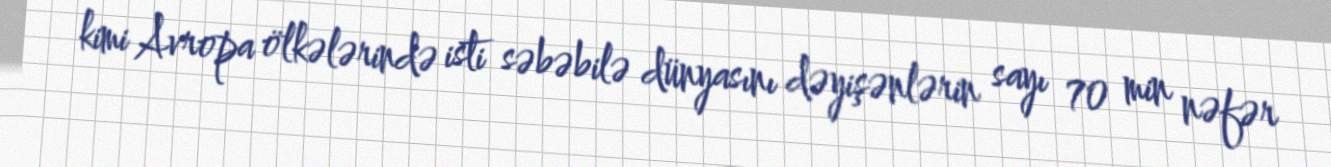
kimi Avropa ölkələrində isti səbəbilə dünyasını dəyişənlərin sayı 70 min nəfər